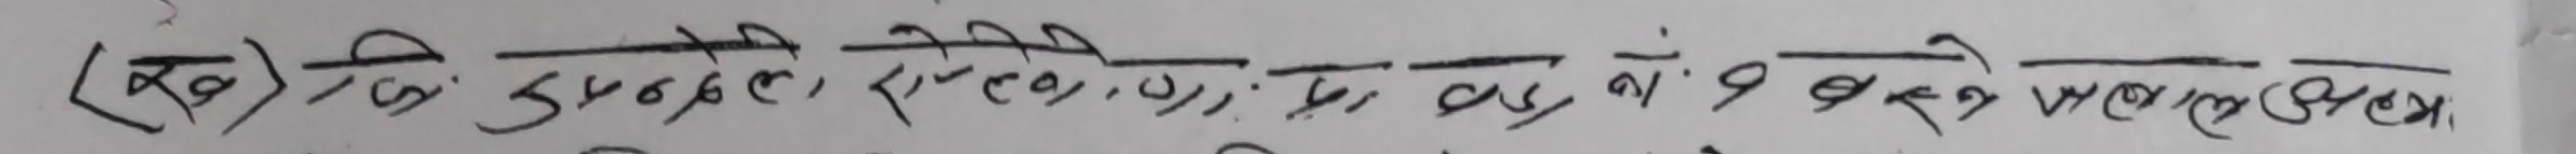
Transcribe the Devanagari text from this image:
(ख) तिसुइतले, एलेन, र, रिड, य, वाँग, एवं ब्रोक, मेयल, ओवम, जेकब